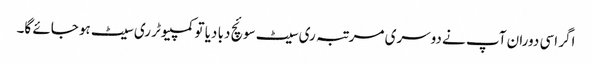
اگر اسی دوران آپ نے دوسری مرتبہ ری سیٹ سوئچ دبا دیا تو کمپیوٹر ری سیٹ ہو جائے گا۔